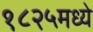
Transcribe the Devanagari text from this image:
१८२५मध्ये